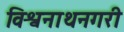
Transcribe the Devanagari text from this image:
विश्वनाथनगरी